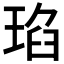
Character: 𤦆